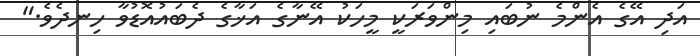
އަދި އޭގެ އެންމެ ނުބައި މިންވަރަކީ މީހަކު އޭނާގެ އަޚާގެ ދެބައުއޮޑުވާ ހިނދެވެ."